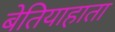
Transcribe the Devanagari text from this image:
बेतियाहाता